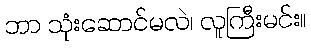
ဘာ သုံးဆောင်မလဲ၊ လူကြီးမင်း။